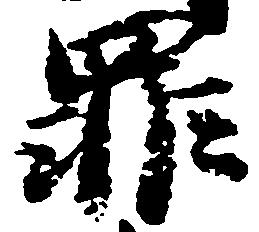
罪